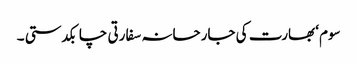
سوم‘ بھارت کی جارحانہ سفارتی چابکدستی ۔